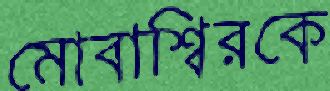
মোবাশ্বিরকে